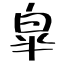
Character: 皐